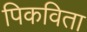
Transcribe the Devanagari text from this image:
पिकविता